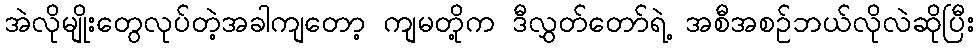
အဲလိုမျိုးတွေလုပ်တဲ့အခါကျတော့ ကျမတို့က ဒီလွှတ်တော်ရဲ့ အစီအစဉ်ဘယ်လိုလဲဆိုပြီး